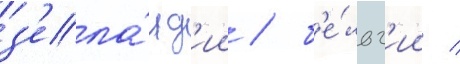
з'ела́нд'ии / б'е́льг'ии /